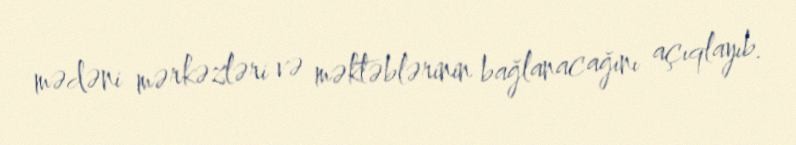
mədəni mərkəzləri və məktəblərinin bağlanacağını açıqlayıb.